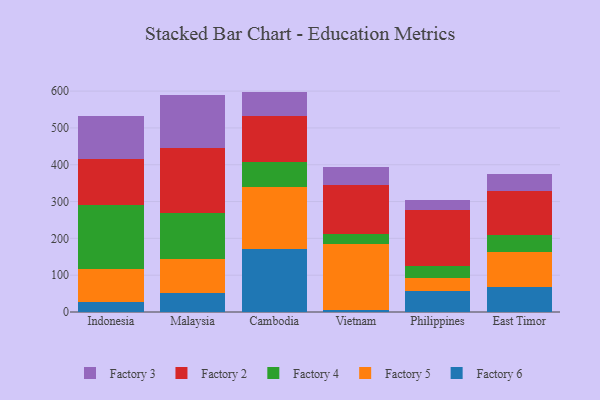
{"axis": {"x": "Country", "y": "Backlog"}, "legend": ["Factory 2", "Factory 3", "Factory 4", "Factory 5", "Factory 6"], "data": [{"x": "Indonesia", "y": 25.9, "type": "Factory 6"}, {"x": "Indonesia", "y": 91.8, "type": "Factory 5"}, {"x": "Indonesia", "y": 173.1, "type": "Factory 4"}, {"x": "Indonesia", "y": 123.6, "type": "Factory 2"}, {"x": "Indonesia", "y": 119.1, "type": "Factory 3"}, {"x": "Malaysia", "y": 51.8, "type": "Factory 6"}, {"x": "Malaysia", "y": 91.3, "type": "Factory 5"}, {"x": "Malaysia", "y": 124.7, "type": "Factory 4"}, {"x": "Malaysia", "y": 177.0, "type": "Factory 2"}, {"x": "Malaysia", "y": 145.0, "type": "Factory 3"}, {"x": "Cambodia", "y": 171.5, "type": "Factory 6"}, {"x": "Cambodia", "y": 168.7, "type": "Factory 5"}, {"x": "Cambodia", "y": 68.1, "type": "Factory 4"}, {"x": "Cambodia", "y": 123.2, "type": "Factory 2"}, {"x": "Cambodia", "y": 67.2, "type": "Factory 3"}, {"x": "Vietnam", "y": 5.5, "type": "Factory 6"}, {"x": "Vietnam", "y": 178.7, "type": "Factory 5"}, {"x": "Vietnam", "y": 26.5, "type": "Factory 4"}, {"x": "Vietnam", "y": 135.6, "type": "Factory 2"}, {"x": "Vietnam", "y": 47.2, "type": "Factory 3"}, {"x": "Philippines", "y": 56.8, "type": "Factory 6"}, {"x": "Philippines", "y": 35.5, "type": "Factory 5"}, {"x": "Philippines", "y": 31.4, "type": "Factory 4"}, {"x": "Philippines", "y": 154.1, "type": "Factory 2"}, {"x": "Philippines", "y": 27.7, "type": "Factory 3"}, {"x": "East Timor", "y": 66.9, "type": "Factory 6"}, {"x": "East Timor", "y": 95.8, "type": "Factory 5"}, {"x": "East Timor", "y": 46.9, "type": "Factory 4"}, {"x": "East Timor", "y": 120.4, "type": "Factory 2"}, {"x": "East Timor", "y": 44.1, "type": "Factory 3"}]}